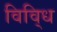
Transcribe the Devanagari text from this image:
विवि्ध